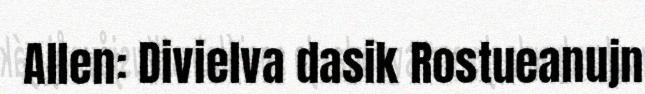
Allen: Divielva dasik Rostueanujn